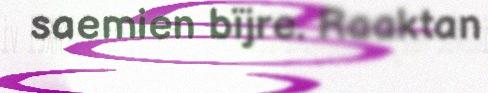
saemien bïjre. Raaktan